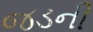
જડની